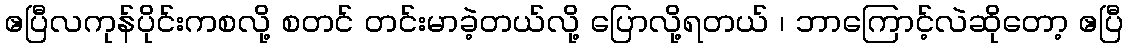
ဧပြီလကုန်ပိုင်းကစလို့ စတင် တင်းမာခဲ့တယ်လို့ ပြောလို့ရတယ် ၊ ဘာကြောင့်လဲဆိုတော့ ဧပြီ